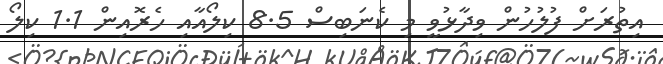
އިތުރަށް ފުލުހުން ވިދާޅުވީ މި ކެނަބިސް 8.5 ކިލޯއާއި ހެރޮއިން 1.1 ކިލޯ